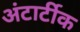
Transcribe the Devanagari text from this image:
अंटार्टीक